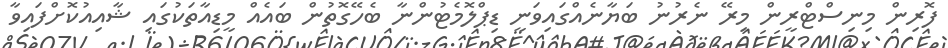
ފޮރިން މިނިސްޓްރީން މިރޭ ނެެރުނު ބަޔާނެއްގައިވަނީ ޑިޕްލޮމެޓުންނާ ބެހޭގޮތުން ބައެއް މީޑިއާތަކުގައި ޝާއިއުކޮށްފައިވާ